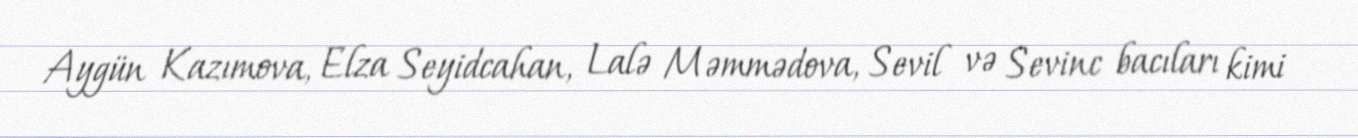
Aygün Kazımova, Elza Seyidcahan, Lalə Məmmədova, Sevil və Sevinc bacıları kimi